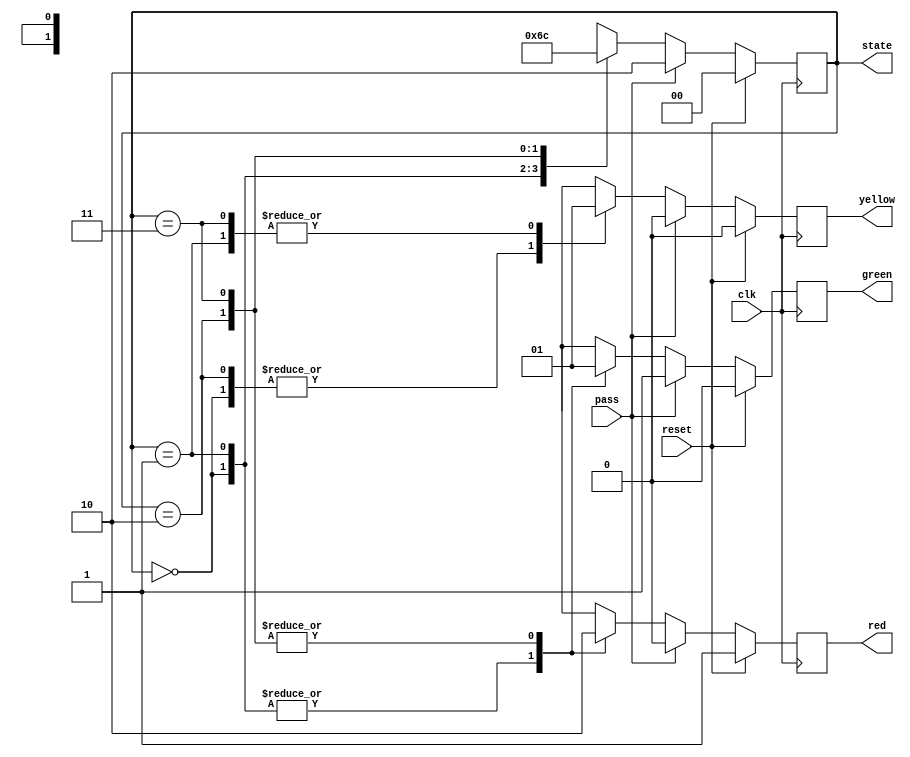
module traffic_light_controller(
	input clk,reset,pass,
	output reg[1:0]state,
	output reg red,yellow,green
	);
	localparam redsignal=2'b00,redwithyellow=2'b01,greensignal=2'b10,greenwithyellow=2'b11;

	always@(posedge clk)
		begin
			if(reset==1'b1) begin
					red<=1'b1;
					yellow<=1'b0;
					green<=1'b0;
					state<=redsignal;
				end

				else if(pass==1'b1) begin
				    red<=1'b0;
					yellow<=1'b0;
					green<=1'b1;
					state<=greensignal;
				end

			else begin
				case(state)
					redsignal:
						begin
							red<=1'b1;
							yellow<=1'b0;
							green<=1'b0;
							#10;
							state<=redwithyellow;
						end

					redwithyellow:
						begin
							red<=1'b1;
							yellow<=1'b1;
							green<=1'b0;
							#10;
							state<=greensignal;
						end

					greensignal:
						begin
							red<=1'b0;
							yellow<=1'b0;
							green<=1'b1;
							#10;
							state<=greenwithyellow;
						end

					greenwithyellow:	
						begin
							red<=1'b0;
							yellow<=1'b1;
							green<=1'b1;
							#10;
							state<=redsignal;
						end
					
					default:
						begin
						   red<=1'bz;
						   yellow<=1'bz;
						   green<=1'bz;
						   #10;
						   state<=redsignal;
						end
				endcase
			end
		end
endmodule